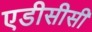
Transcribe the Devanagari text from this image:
एडीसीसी